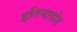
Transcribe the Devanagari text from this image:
इतियाडोह